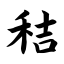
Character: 秸